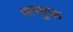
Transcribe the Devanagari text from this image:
सय्युक्त